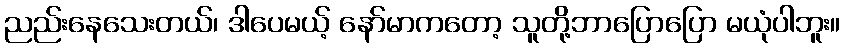
ညည်းနေသေးတယ်၊ ဒါပေမယ့် နော်မာကတော့ သူတို့ဘာပြောပြော မယုံပါဘူး။